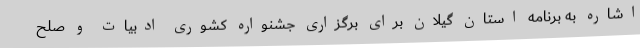
اشاره به برنامه استان گیلان برای برگزاری جشنواره کشوری ادبیات و صلح